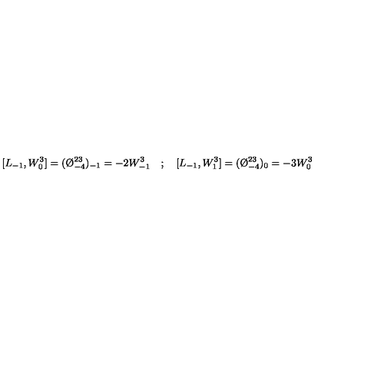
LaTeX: [ L _ { - 1 } , W _ { 0 } ^ { 3 } ] = ( \O _ { - 4 } ^ { 2 3 } ) _ { - 1 } = - 2 W _ { - 1 } ^ { 3 } \quad ; \quad [ L _ { - 1 } , W _ { 1 } ^ { 3 } ] = ( \O _ { - 4 } ^ { 2 3 } ) _ { 0 } = - 3 W _ { 0 } ^ { 3 }